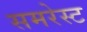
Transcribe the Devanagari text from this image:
समरेस्ट